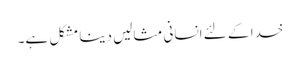
خدا کے لئے انسانی مثالیں دینا مشکل ہے۔